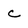
Character: c